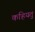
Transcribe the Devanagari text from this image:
कहियतु